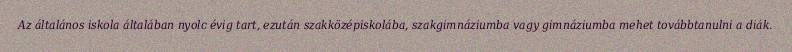
Az általános iskola általában nyolc évig tart, ezután szakközépiskolába, szakgimnáziumba vagy gimnáziumba mehet továbbtanulni a diák.